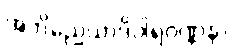
အဘိညေယာဒိဝါရဝဏ္ဏနာ